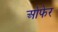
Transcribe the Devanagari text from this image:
ओफेर